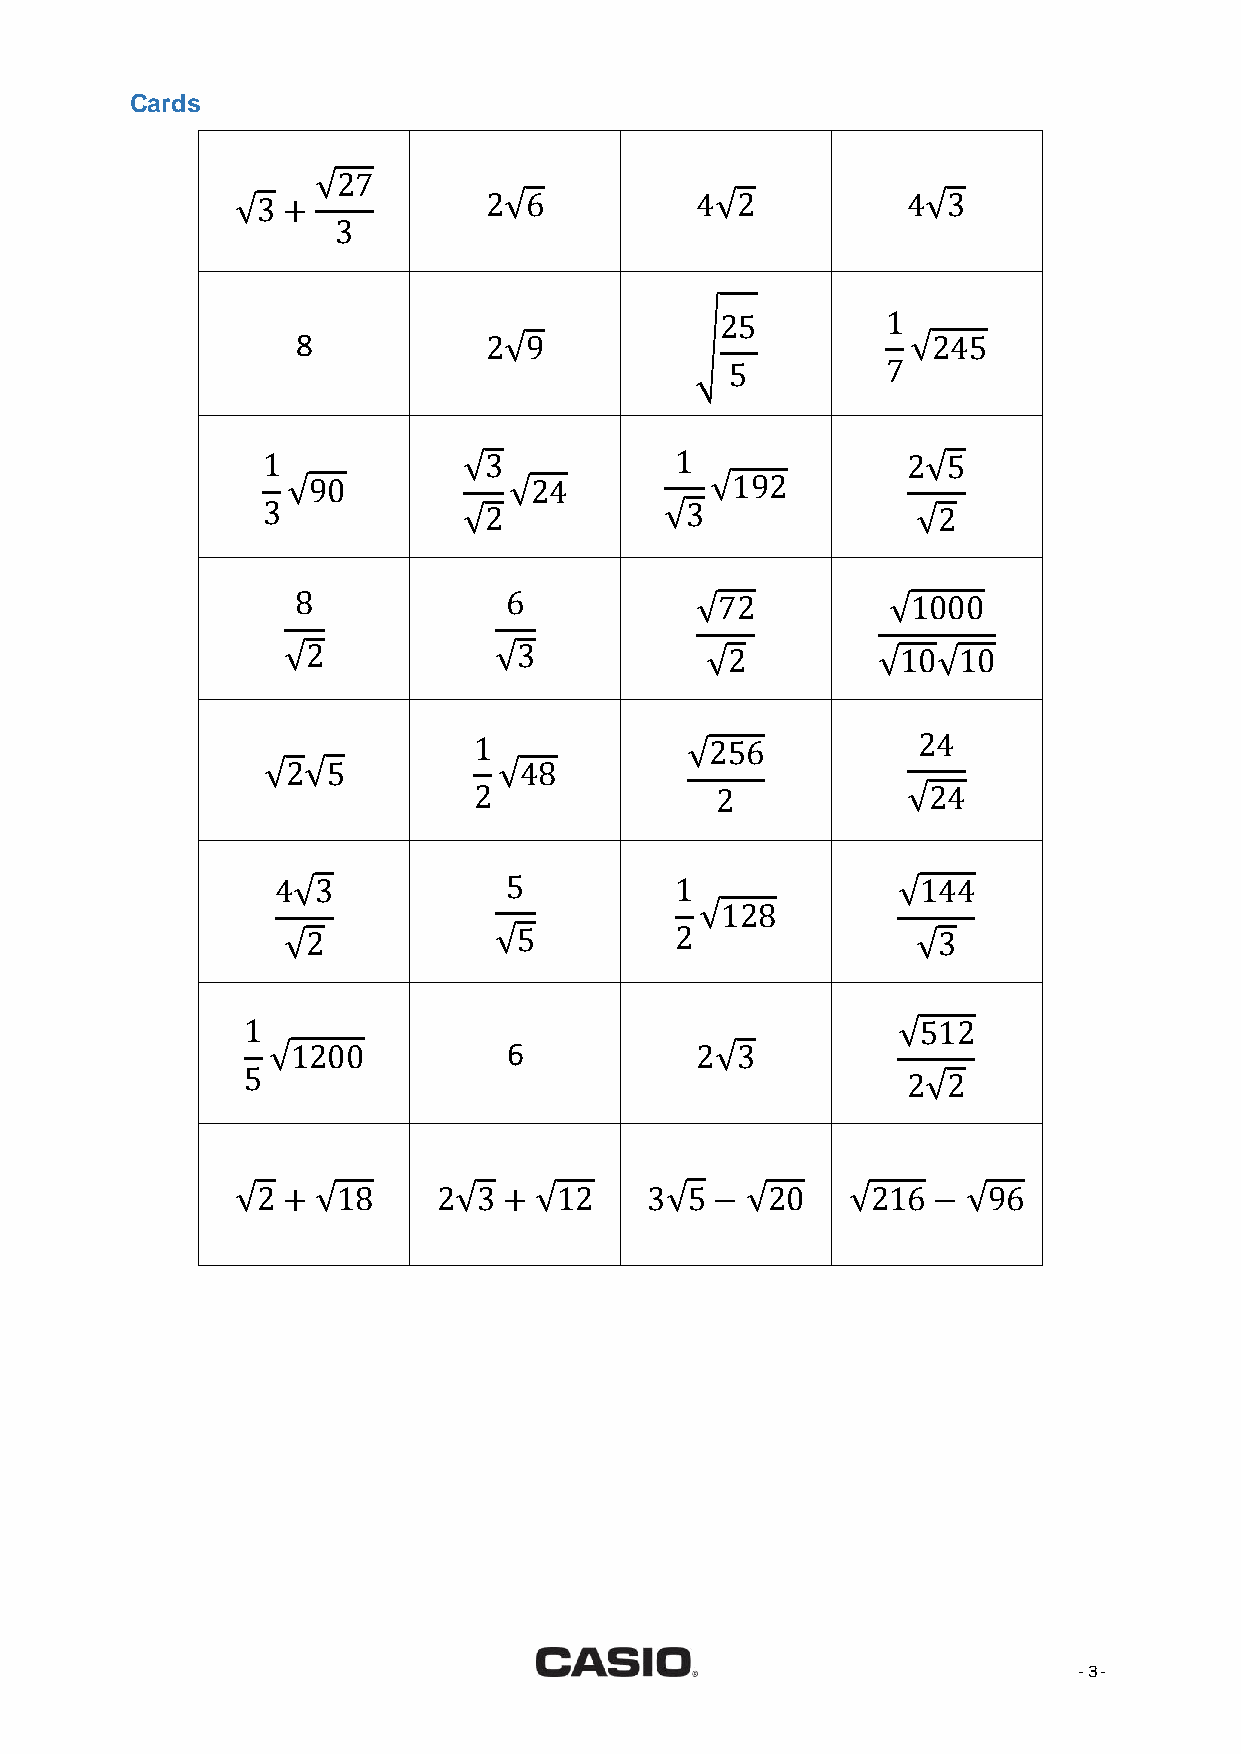
Cards
 √27
 √3 +            2√6           4√2           4√3
 3
 25         1
 8           2√9           √             √245
 5          7
 1             √3            1              2√5
 √90            √24          √192
 3             √2           √3               √2
 8            6            √72          √1000
 √2            √3            √2         √10√10
 1             √256            24
 √2√5            √48
 2               2            √24
 4√3            5           1             √144
 √128
 √2            √5          2               √3
 1                                          √512
 √1200           6           2√3
 5                                           2√2
 √2 + √18     2√3 + √12     3√5 − √20    √216  − √96
 - 3 -